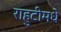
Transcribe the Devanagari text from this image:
राहुटीमधे